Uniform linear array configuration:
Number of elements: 48
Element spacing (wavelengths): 1
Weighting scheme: uniform
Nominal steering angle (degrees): -30
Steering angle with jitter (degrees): -28.397
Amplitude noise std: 0.05
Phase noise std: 0.05

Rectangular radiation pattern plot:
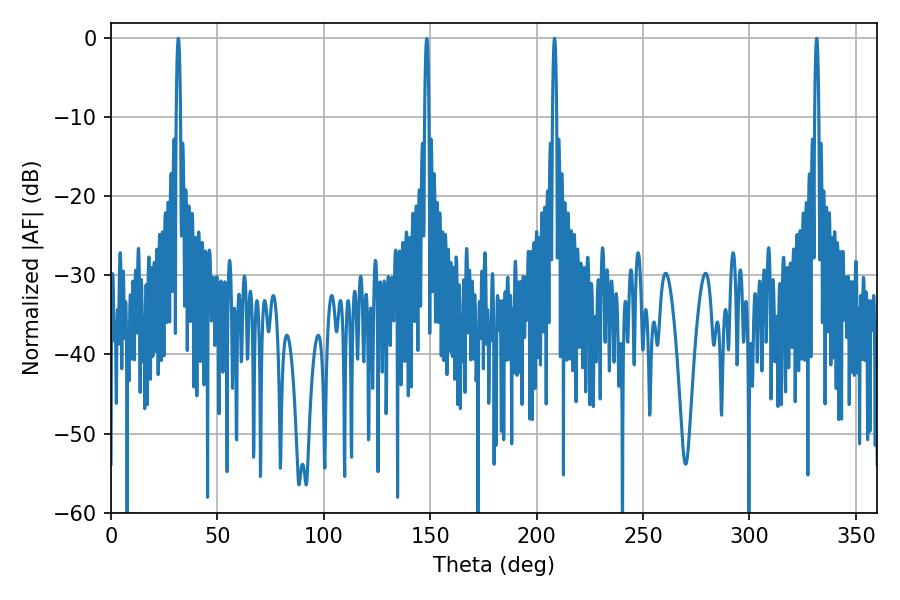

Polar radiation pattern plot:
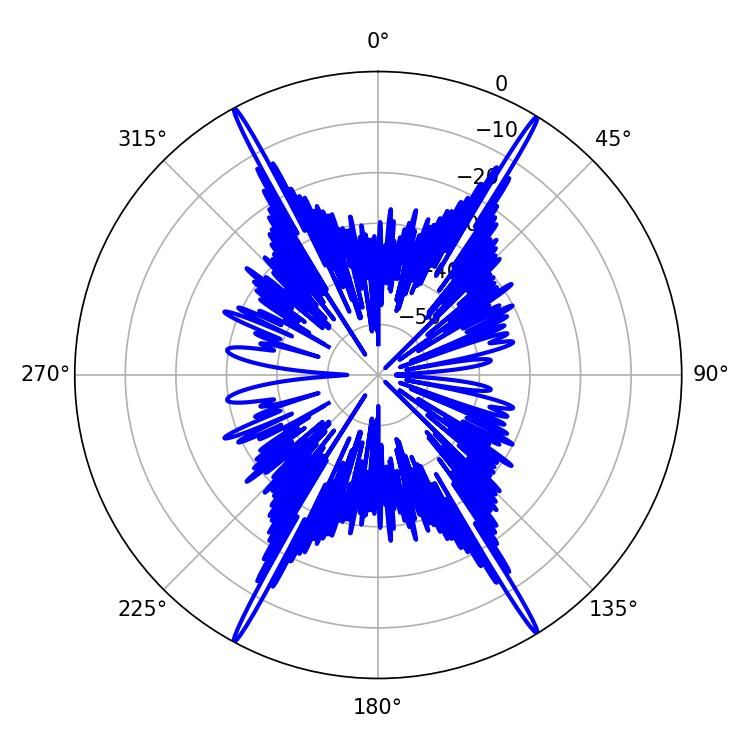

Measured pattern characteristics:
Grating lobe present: TRUE
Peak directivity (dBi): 28.471
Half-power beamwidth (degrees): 1.08
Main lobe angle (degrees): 331.56